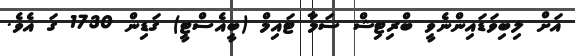
އަށް ލިބިވަޑައިންނެވީ ބްރިޓިޝް ސަމާ ޓައިމް (ބީއެސްޓީ) ގަޑިން 1730 ގަ އެވެ.